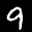
Label: 9